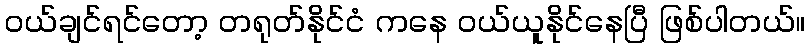
ဝယ်ချင်ရင်တော့ တရုတ်နိုင်ငံ ကနေ ဝယ်ယူနိုင်နေပြီ ဖြစ်ပါတယ်။